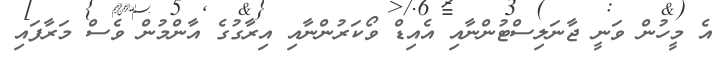
އެ މީހުން ވަނީ ޖާނަލިސްޓުންނާއި އެއިޑް ވޯކަރުންނާއި އިރާގުގެ އާންމުން ވެސް މަރާފައި